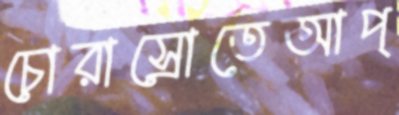
চোরাস্রোতেআপ্